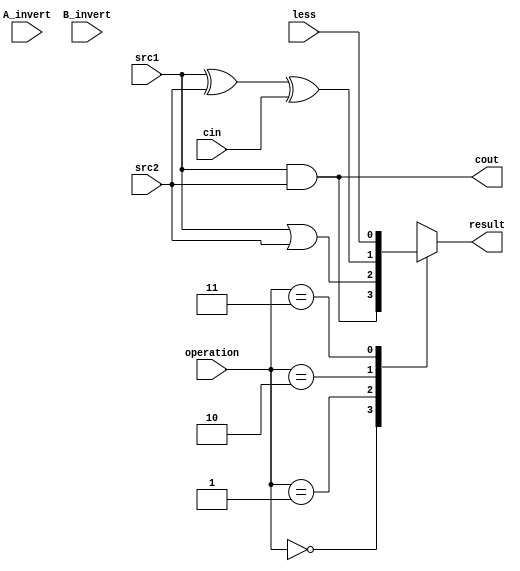
`timescale 1ns/1ps

module alu_top(
	src1,       //1 bit source 1 (input)
	src2,       //1 bit source 2 (input)
	less,       //1 bit less     (input)
	A_invert,   //1 bit A_invert (input)
	B_invert,   //1 bit B_invert (input)
	cin,        //1 bit carry in (input)
	operation,  //operation      (input)
	result,     //1 bit result   (output)
	cout        //1 bit carry out(output)
);

input			src1;
input			src2;
input			less;
input			A_invert;
input			B_invert;
input			cin;
input	[2-1:0]	operation;

output			result;
output			cout;

reg a,b,tmp;

always@( * )
begin
	if(A_invert == 1'b1)
		a = ~src1;
	if(B_invert == 1'b1)
		b = ~src2;
	case(operation)
		2'b00: tmp = src1 & src2;
		2'b01: tmp = src1 | src2;
		2'b10: tmp = src1 ^ src2 ^ cin;
		2'b11: tmp = less;
	endcase
end

assign result = tmp;
assign cout = src1 & src2;

endmodule